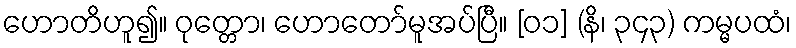
ဟောတိဟူ၍။ ဝုတ္တော၊ ဟောတော်မူအပ်ပြီ။ [၀၁] (နိ၊ ၃၄၃) ကမ္မပထံ၊